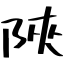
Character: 陜